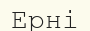
Ерні